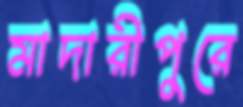
মাদারীপুরে